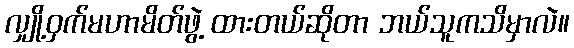
လျှို့ဝှက်မဟာမိတ်ဖွဲ့ ထားတယ်ဆိုတာ ဘယ်သူကသိမှာလဲ။